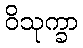
ဝိသုက္ခာ